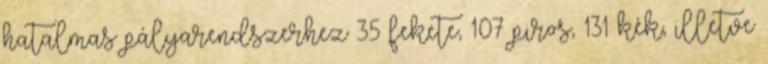
hatalmas pályarendszerhez 35 fekete, 107 piros, 131 kék, illetve